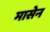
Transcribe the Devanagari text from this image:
मासेन